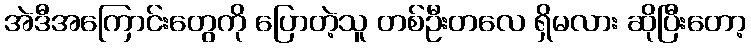
အဲဒီအကြောင်းတွေကို ပြောတဲ့သူ တစ်ဦးတလေ ရှိမလား ဆိုပြီးတော့